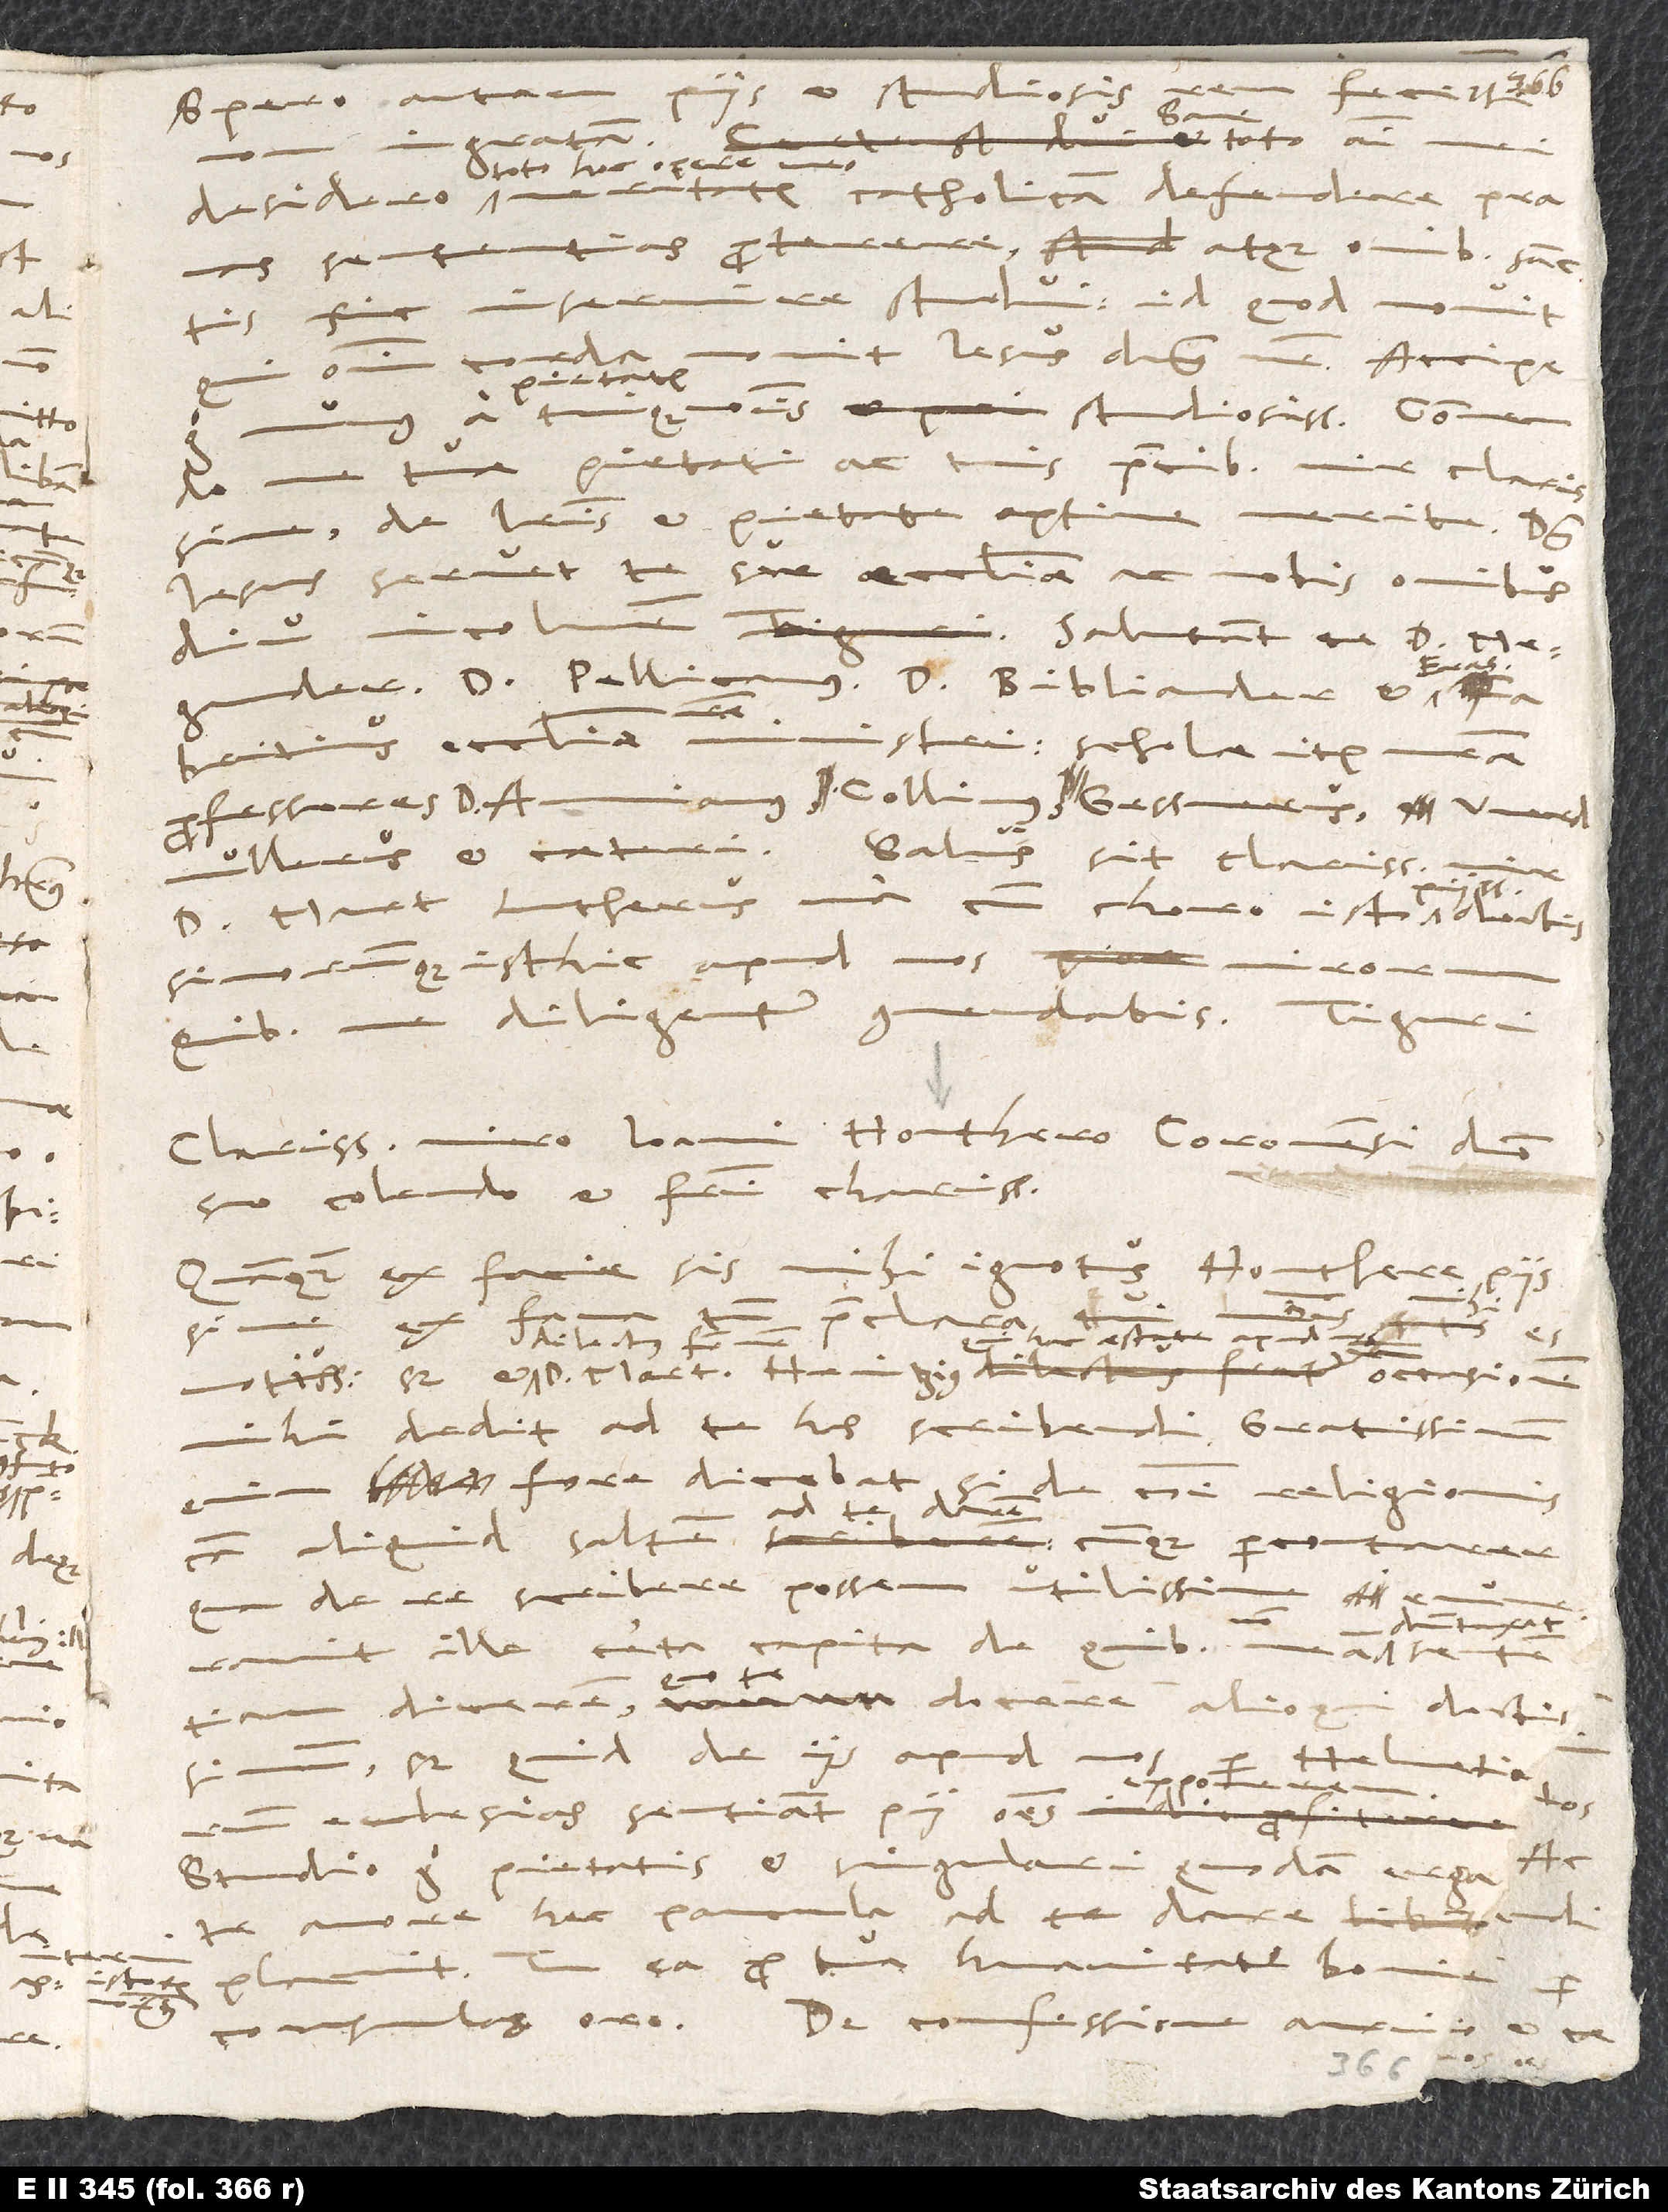
diu
viro
Clarissimo viro Ioanni Honthero Coronensi, domino
suo colendo et fratri charissimo.
mihi dedit ad te has scribendi. Gratissimum
placuit. Tu ea pro tua humanitate boni